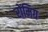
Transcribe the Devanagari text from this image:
रोंमिग